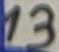
Text: 13